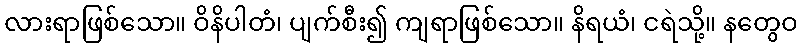
လားရာဖြစ်သော။ ဝိနိပါတံ၊ ပျက်စီး၍ ကျရာဖြစ်သော။ နိရယံ၊ ငရဲသို့။ နတွေဝ